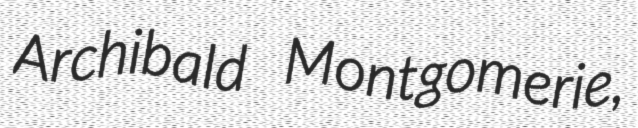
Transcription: Archibald Montgomerie,